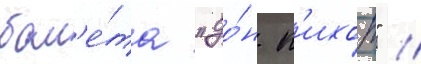
бал'е́та "до́н к'ихот" /